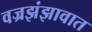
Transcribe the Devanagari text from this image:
वज्रझंझावात